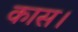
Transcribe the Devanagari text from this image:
कास।